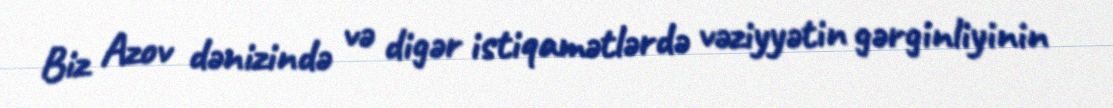
Biz Azov dənizində və digər istiqamətlərdə vəziyyətin gərginliyinin